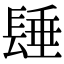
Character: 𨲉